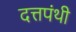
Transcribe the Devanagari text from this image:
दत्तपंथी